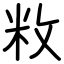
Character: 敉